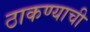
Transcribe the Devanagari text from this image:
ठाकण्याची